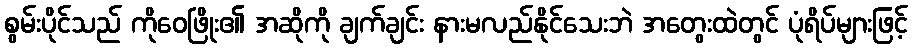
စွမ်းပိုင်သည် ကိုဝေဖြိုး၏ အဆိုကို ချက်ချင်း နားမလည်နိုင်သေးဘဲ အတွေးထဲတွင် ပုံရိပ်များဖြင့်